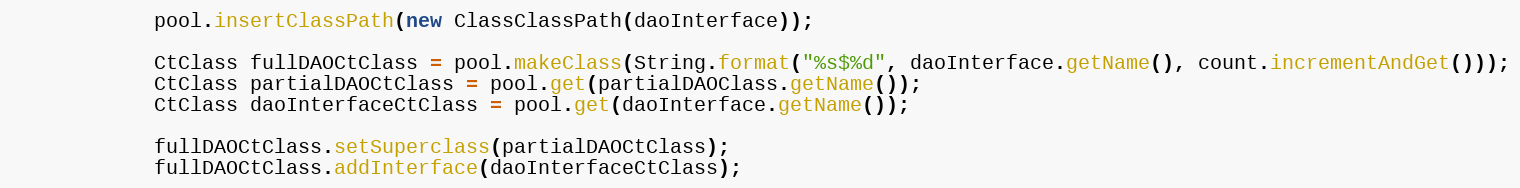
Language: Java
            pool.insertClassPath(new ClassClassPath(daoInterface));

            CtClass fullDAOCtClass = pool.makeClass(String.format("%s$%d", daoInterface.getName(), count.incrementAndGet()));
            CtClass partialDAOCtClass = pool.get(partialDAOClass.getName());
            CtClass daoInterfaceCtClass = pool.get(daoInterface.getName());

            fullDAOCtClass.setSuperclass(partialDAOCtClass);
            fullDAOCtClass.addInterface(daoInterfaceCtClass);